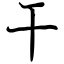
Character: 干